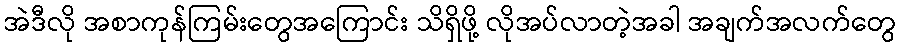
အဲဒီလို အစာကုန်ကြမ်းတွေအကြောင်း သိရှိဖို့ လိုအပ်လာတဲ့အခါ အချက်အလက်တွေ